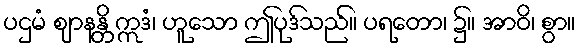
ပဌမံ ဈာနန္တိ ဣဒံ၊ ဟူသော ဤပုဒ်သည်။ ပရတော၊ ၌။ အာဝိ၊ စွာ။